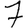
Digit: 7